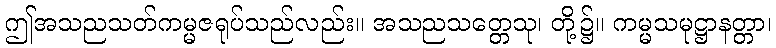
ဤအသညသတ်ကမ္မဇရုပ်သည်လည်း။ အသညသတ္တေသု၊ တို့၌။ ကမ္မသမုဋ္ဌာနတ္တာ၊